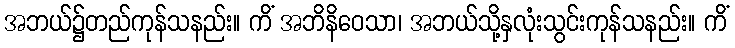
အဘယ်၌တည်ကုန်သနည်း။ ကိံ အဘိနိဝေသာ၊ အဘယ်သို့နှလုံးသွင်းကုန်သနည်း။ ကိံ